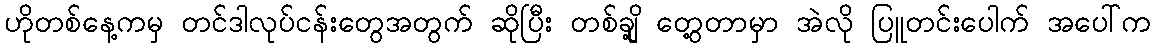
ဟိုတစ်နေ့ကမှ တင်ဒါလုပ်ငန်းတွေအတွက် ဆိုပြီး တစ်ချို့ တွေ့တာမှာ အဲလို ပြူတင်းပေါက် အပေါ်က